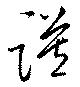
謨